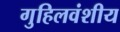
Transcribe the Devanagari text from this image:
गुहिलवंशीय